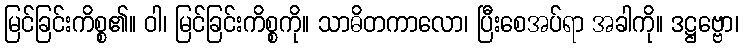
မြင်ခြင်းကိစ္စ၏။ ဝါ၊ မြင်ခြင်းကိစ္စကို။ သာဓိတကာလော၊ ပြီးစေအပ်ရာ အခါကို။ ဒဋ္ဌဗ္ဗော၊